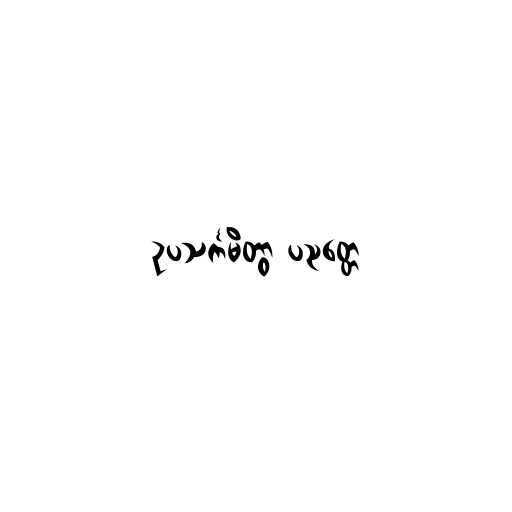
ဥပသင်္ကမိတွာ ပညတ္တေ